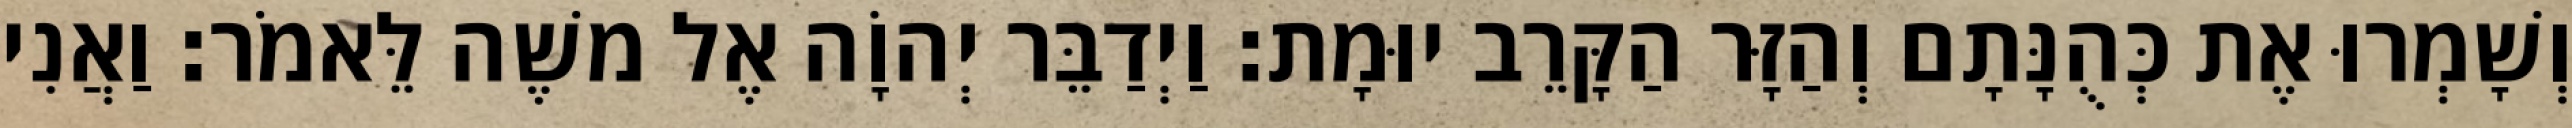
וְשָׁמְרוּ אֶת כְּהֻנָּתָם וְהַזָּר הַקָּרֵב יוּמָת׃ וַיְדַבֵּר יְהוָֹה אֶל משֶׁה לֵּאמֹר׃ וַאֲנִי